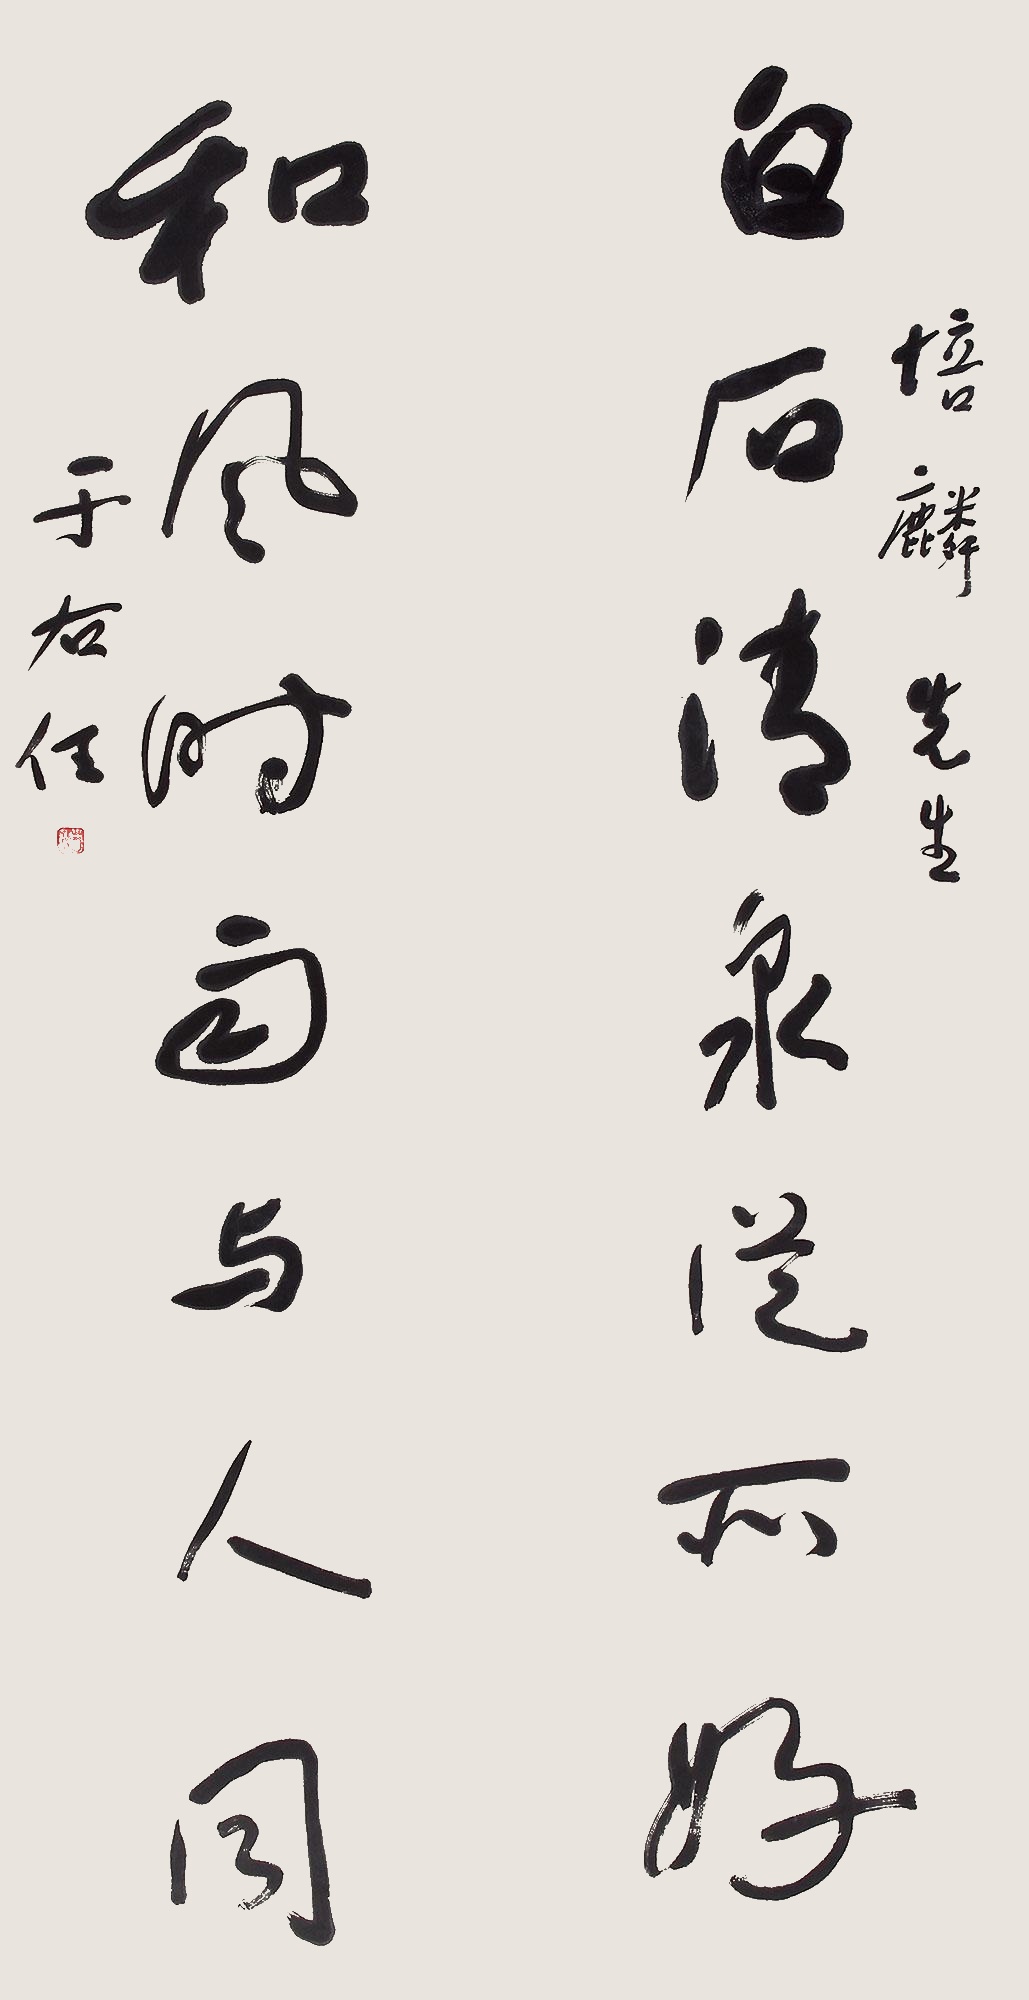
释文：白石清泉从所好，和风时雨与人同。培麟先生，于右任。